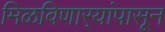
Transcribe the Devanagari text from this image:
मिळविणार्‍यांपासून